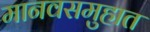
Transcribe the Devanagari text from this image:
मानवसमुहात